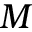
{ \cal M }